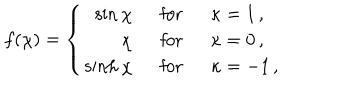
f ( \chi ) = \left\{ \begin{array} { r l l } { { \sin \chi \ \ } } & { { \mathrm { f o r } \ \ } } & { { \kappa = 1 \, , } } \\ { { \chi \ \ } } & { { \mathrm { f o r } } } & { { \kappa = 0 \, , } } \\ { { \sinh \chi \ \ } } & { { \mathrm { f o r } } } & { { \kappa = - 1 \, , } } \\ \end{array} \right.